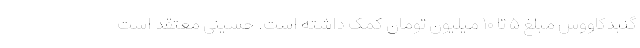
گنبدکاووس مبلغ ۵ تا ۱۰ میلیون تومان کمک داشته است. حسینی معتقد است